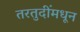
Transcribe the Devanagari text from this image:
तरतुदींमधून